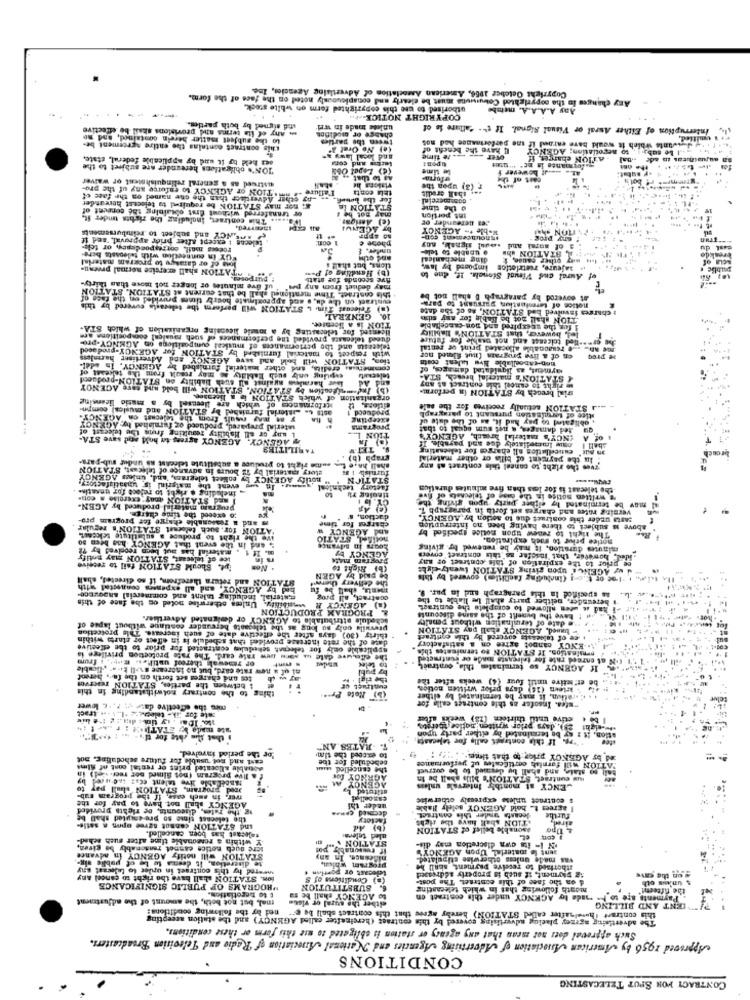
Copyright October 1956, American Association of Advertising Agencies, Ine.
Any
Any changes in the copyrighted Cowuruuns must be clearly and conspicuously noted on the face of the form.
utborised to use this copyrighted form on white stock.
Any A.A.A.A. membe
COPYRIGHT NOTICE --...
unid signed by both parties.
- Any of ita terms and provisions shall be effective
unkes made in wrl'
Interruption of Either Aural or Visual Signal. If t'- "altare le of
This contract contains the entire agreement be-
to the subject matter herein contained, and me
change or modifica
tween the parties
Jakwants which it would bare entand if une performance hed nos
umitied.
(e) No Oret I'
I have the benefit of
to negotiation; AGENCY
se held to it und by applicable federal, state.
and local laws ="
re time
Over
-ATION charges, Hf
.. Le sub
"TON's obligations hereunder are subject to the
Lecis and cona
tipont
la time
-J bowever f
gatormange is Br" "tout
ostrued as a general relinquishsent or waiver
AJ to that
cait of the
. W.TION OF AGENCY to enforce any of the pro-
Faflure
r (3) upon the
& Bor may STATION be required to telecest hereunder
ny ethar Advertiser than the che named on the face of
for the bowsf
tele conta
dont mercial
shall credit
. ..
or transferred without Aist obtaining the consent of
CON
o the time
WP ...... Thia contract, Including the rights under st,
Int portion
SAFEINCY and subject to reimbursements
by AGENUs
Jes Bereander of
Wobile + .. AGENCY
MON ShAl
telecas : except after prior approval, "Bed if
GRY PROR
Focecs mail, correspondency, or tele-
under. E
phone è
@ unable to tele-
souul signal, soy
cast du
WUY in connection with teleossts bere.
Ions of or darakye to program material
and othy
ding mechanical
STATION wbw
waty other cause, 1
ACLa of
treskde
NATATION shall exercice normal precau-
tions, but shall
impoand by law.
.. sajeure, retrietion
public .
: BUTPOSSA
five seconds for atati
(b) Handling of Pom
of Aural cu Visual Sionela. 12, due to
uf Sve minutes or longer not move than thirty-
may deduet from any pet"
. this contract, Time mentioned shall be that current at STATION. STATION
eustract on the du, s and approximate hourby times provided on the fas
at covered by paragraph 5 shall not be
(a) Telecast Tin L STATION will perform the telecasts covered by this
notice of terminstiun pursuant to para-
charges involved bed STATION, 26 of the date
10. GENERAL
TION shall not be Bable for any sda
licensed for telecasting by a monsie licensing organization of which STA-
TION is a licensee.
bywever, that STATION's Hability
1 fog the unexpired and non-cancellable
telecasts and the performances of musical cumpositions on AGENCY-pro-
queed telecasts provided the performances of such musical compositiona are
ser -.. led tolcesst and not pushle for future
with respect to material furnished by STATION for AGENCY-prodaced
Le reasonable allocated print of rental
tion, STATION will hold and save AGENCY and Advertiser harmless
non-cancellable Nve Llent costa
en of a live programa [atut filmed nor
espuing only such Hablaty & may result from the tejceast of
commnenus, eredità, and other material garnished by AGENCY, In edel-
aymest, as liquidated damages, of
lawr harass aysinst all such Nability on STATION-produodd
telecast
STATION'S material bresch, STA-
(b) Indemnigestion by STATION. STATION will bold and care AGENCY
and Ad
right to cancel this contract at any
sial breoch by STATION in perforai.
Itelormance of which are lleensel by a matic licensing
organization of which STATION is a licensee.
ants is Litterial furnished by STATION and musical compn.
produced
... J STATION actually receives for the sale
y m mas rault from the telecast on AGENCY-
Excepting
itice of termination pursuant to parag
, obligated to pay had it, as of The date of
material prepared, produced og furnished tyy: AGENCY
L any or all Hability resulting from the teleeast of
programs
ted damages, a net sum equal to that
y AGENCY, AGENCY agrees to hold and save STA-
TION L.
(NCY's material bresch, AGENCY'S
of A
TARILITIES
S. TETT
an out" euniceilation all charges for telsenating
sball I osuw Immediately due and payable. If
sume right to preluos a substitute telreast ns undut sub-para-
graph (b)
:In the payment of billa or other material
story material by 12 bours in advance of telecast, STATION
furnish IS
shall hn,e
Fvw the right to caneel this contract af any
CY by collect telegrama, and, unless AGENCY
notify AGENCY
STATION
ineluding o right to reject for unnatins
augs In sug event the material is whaatisfactory.
technion!
factory
.the telecast is for less than five minutes duration
1 and STATION (ny exercise . conie
"E written notice in the bighof telechets of five
may be terminated by either party upon giving the
Program material produced by AGEN-
versing rates and charges set forth in paragraph 1.
co exceed the time charge.
s and a reasonable charre fer program pro-
daction,
pasta under this contract due to action by AGENCY,
'ATION for. auch telsesat STATION's regular
charges for time
And AGENCY W
The right to renewe tipon notice specified by
above w subject to there having been no interruption
WVe the right to produce a substitute sek
and in the event that AGENCY has been so
nollSed, STATIO
notice prior to wach expiration.
material has aut been received by ??
Loors in ulvang
minutes duration, it may be renewed by giving
ice of telecast, STATION may potify
r in
AGENCY Wy
Program mate
de prior to the expiration of this contract or any
ided, however, that "insofar as" this contract envers
14. Should STATION fail to receive
Non
Chi Right to
"dw AGENCE upon giving STATION twenty-dybe
STATION and retura therefrom, if so directed, shall
be pud by AGEN
"Free of t (including faciliti) covered by this
hed by AGENCY, and all expenses connected with
the delivery therent
ments, shall be fu
as speciflod la this paragraph and la pur. 9.
material, including talent and commercial ANDQVECe-
wosibility. Unless otherwise noted on the face of this
ocstract, all prog
bereunder, neither party shall Ine llable to the
PROGRAM PRODUCTION
(a) AGENCY
i had is ueen allowed to complete the ountragt.
schedule attributable to AGENCY or deicoated Advertiser.
. . e date of termination without penalty
: have the benefit of the same discounts
thirty (30) days after the effective date of such increase. Thie protection
Prevails coly so long as the telgaats hereunder continue without lapse of
tuwed, AGENCY chali pay STATION
dase of the rate increase provided that schedule is in effect or starts within
. ce of telecasts covered by thie enritract
applicable only for telecast sebeuly contracted for prior to the effective
3. ENCY cannot agree on a satisfactory
omination. If STATION to terminates this.
or renewals thereof until .. #op', i frum
the elle.uve date is soru bew rale card. The rate protection privilege is
IN at enreed rate for telrcasta made or contracted
ai uf a new rate card, but no Increase sull kia- yliouble
byr publ
to teles
If AGENCY so terminates thia contract
tes and charges set forth on the fas hereof
the tigl
, be erfictive until four (4) weeks after the
& between the parties, STATION TEKTVO
thing to the contrary notwithstanding in this
. krtewn (14) days prior written notice
(B) Rote Pra
C .ration, it may be terminated by either
cois the effective date y; f. 't lower
"sfea. Insofer as thie contraet calla for
zate for _uk- telepvce .l .. v ... tract
| be . ctive until thirteen (18) weeks after
ate made We ETATU! : P .... ! 14
ww-eight 28). days prior written notice therats,
ation. it z sy be terminated by either party tron
that She chte for the. .. [ *]
""re If this contract calls for telecasts
For the period involved.
RATES AN
cast and not usable for future scheduling, not
sebeduled for t
to exceed the tim
ad br AGENCY prior to that time ... "> :
sonable allocated print or rectal cont of silms
the cancelled saisit
bail so state, and shall be degnoed to be Gurruet
"ATION will forniah certifcales uf performance
Manoelable Hive talent ec .: induced by
fallve program (nos Simed bor reer ved) in
NOY
Huis euntraet, STATION's bills shall be in
Jed program, STATION shall pay to
ENCY at monthly Intervals unlens
wer. in such case, If the program tab-
$ contract unless expressly otherwise
AGENCY shall not have to pay for the
ag the gates, discounts, De rights provided
ueder thi
I agrees t. bold AGENCY solely Hlable
the telecast time so pre-empted shall be
factory
decmed Comes
.TION shall have the right
Jecasta under this contract
Turtle
aired
and STATION cannot agree opon ( satie-
(b) Ad
asonable bellef of STATION
talecast has been cancelled.
Y within a reasonable time after such schad-
aled televa:
icre such notice castel reasonably be given,
if towsonably por
STATION ."
N I- its own discretion may dis-
sent le material Upon AGENCY'S
te discretion, It deeres W Le of public sig-
STATION will notify AGENCY In advance
pideance. In any
was made unless otherwise stipulated.
wwered hy this contraet in order to telecast any
telecast or portion
program which,
Ithortaed to receive payment, shall be
ion. STATION shall have the right to cancel Any
(a) Conditions of S
12 phyment, if such is properly addressed
d on the face of this contract. The post-
# on the cave
PROGRAMS OF PUBLIC SIGNIFICANCE
SUBSTITUTION
month following that in which telecasting
the fifteen!"
$ unkus oth
mal, but not both, the amount of the adjustment
to berotiation.
either the sural of viste
to ACENCY shall be sa
made ley AGKNOX under this contract on
Payments are to ha
ned by the following conditions:
this contract (hovalyafter called STATION) hereby agree that this contract shall be e **
IENT AND BILLING
The advertising agreey placing advertising covered by this contraes (hereinafter called AGENCY) and the station accepting
Such approval does not mean that any agency er station is obligated to use this foris or these conditions.
Approved 1956 by American Association of Advertising Agencies and National Association of Radio and Television Broadcasters.
CONDITIONS
CONTRACT FOR SPUT TELECASTING